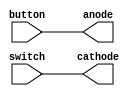
`timescale 1ns / 1ps

//////////////////////////////////////////////////////////////////////////////////


module top(
input [3:0]button,
input [7:0]switch,
output [7:0]cathode,
output [3:0]anode
    );
assign anode=button;
assign cathode=switch;
endmodule